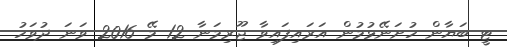
ޓީ ބަޔާން ހުށަނޭޅުމުން އަރައިފައިވާ ޖޫރިމަނާ 12 މޭ 2016 ވަނަ ދުވަހު